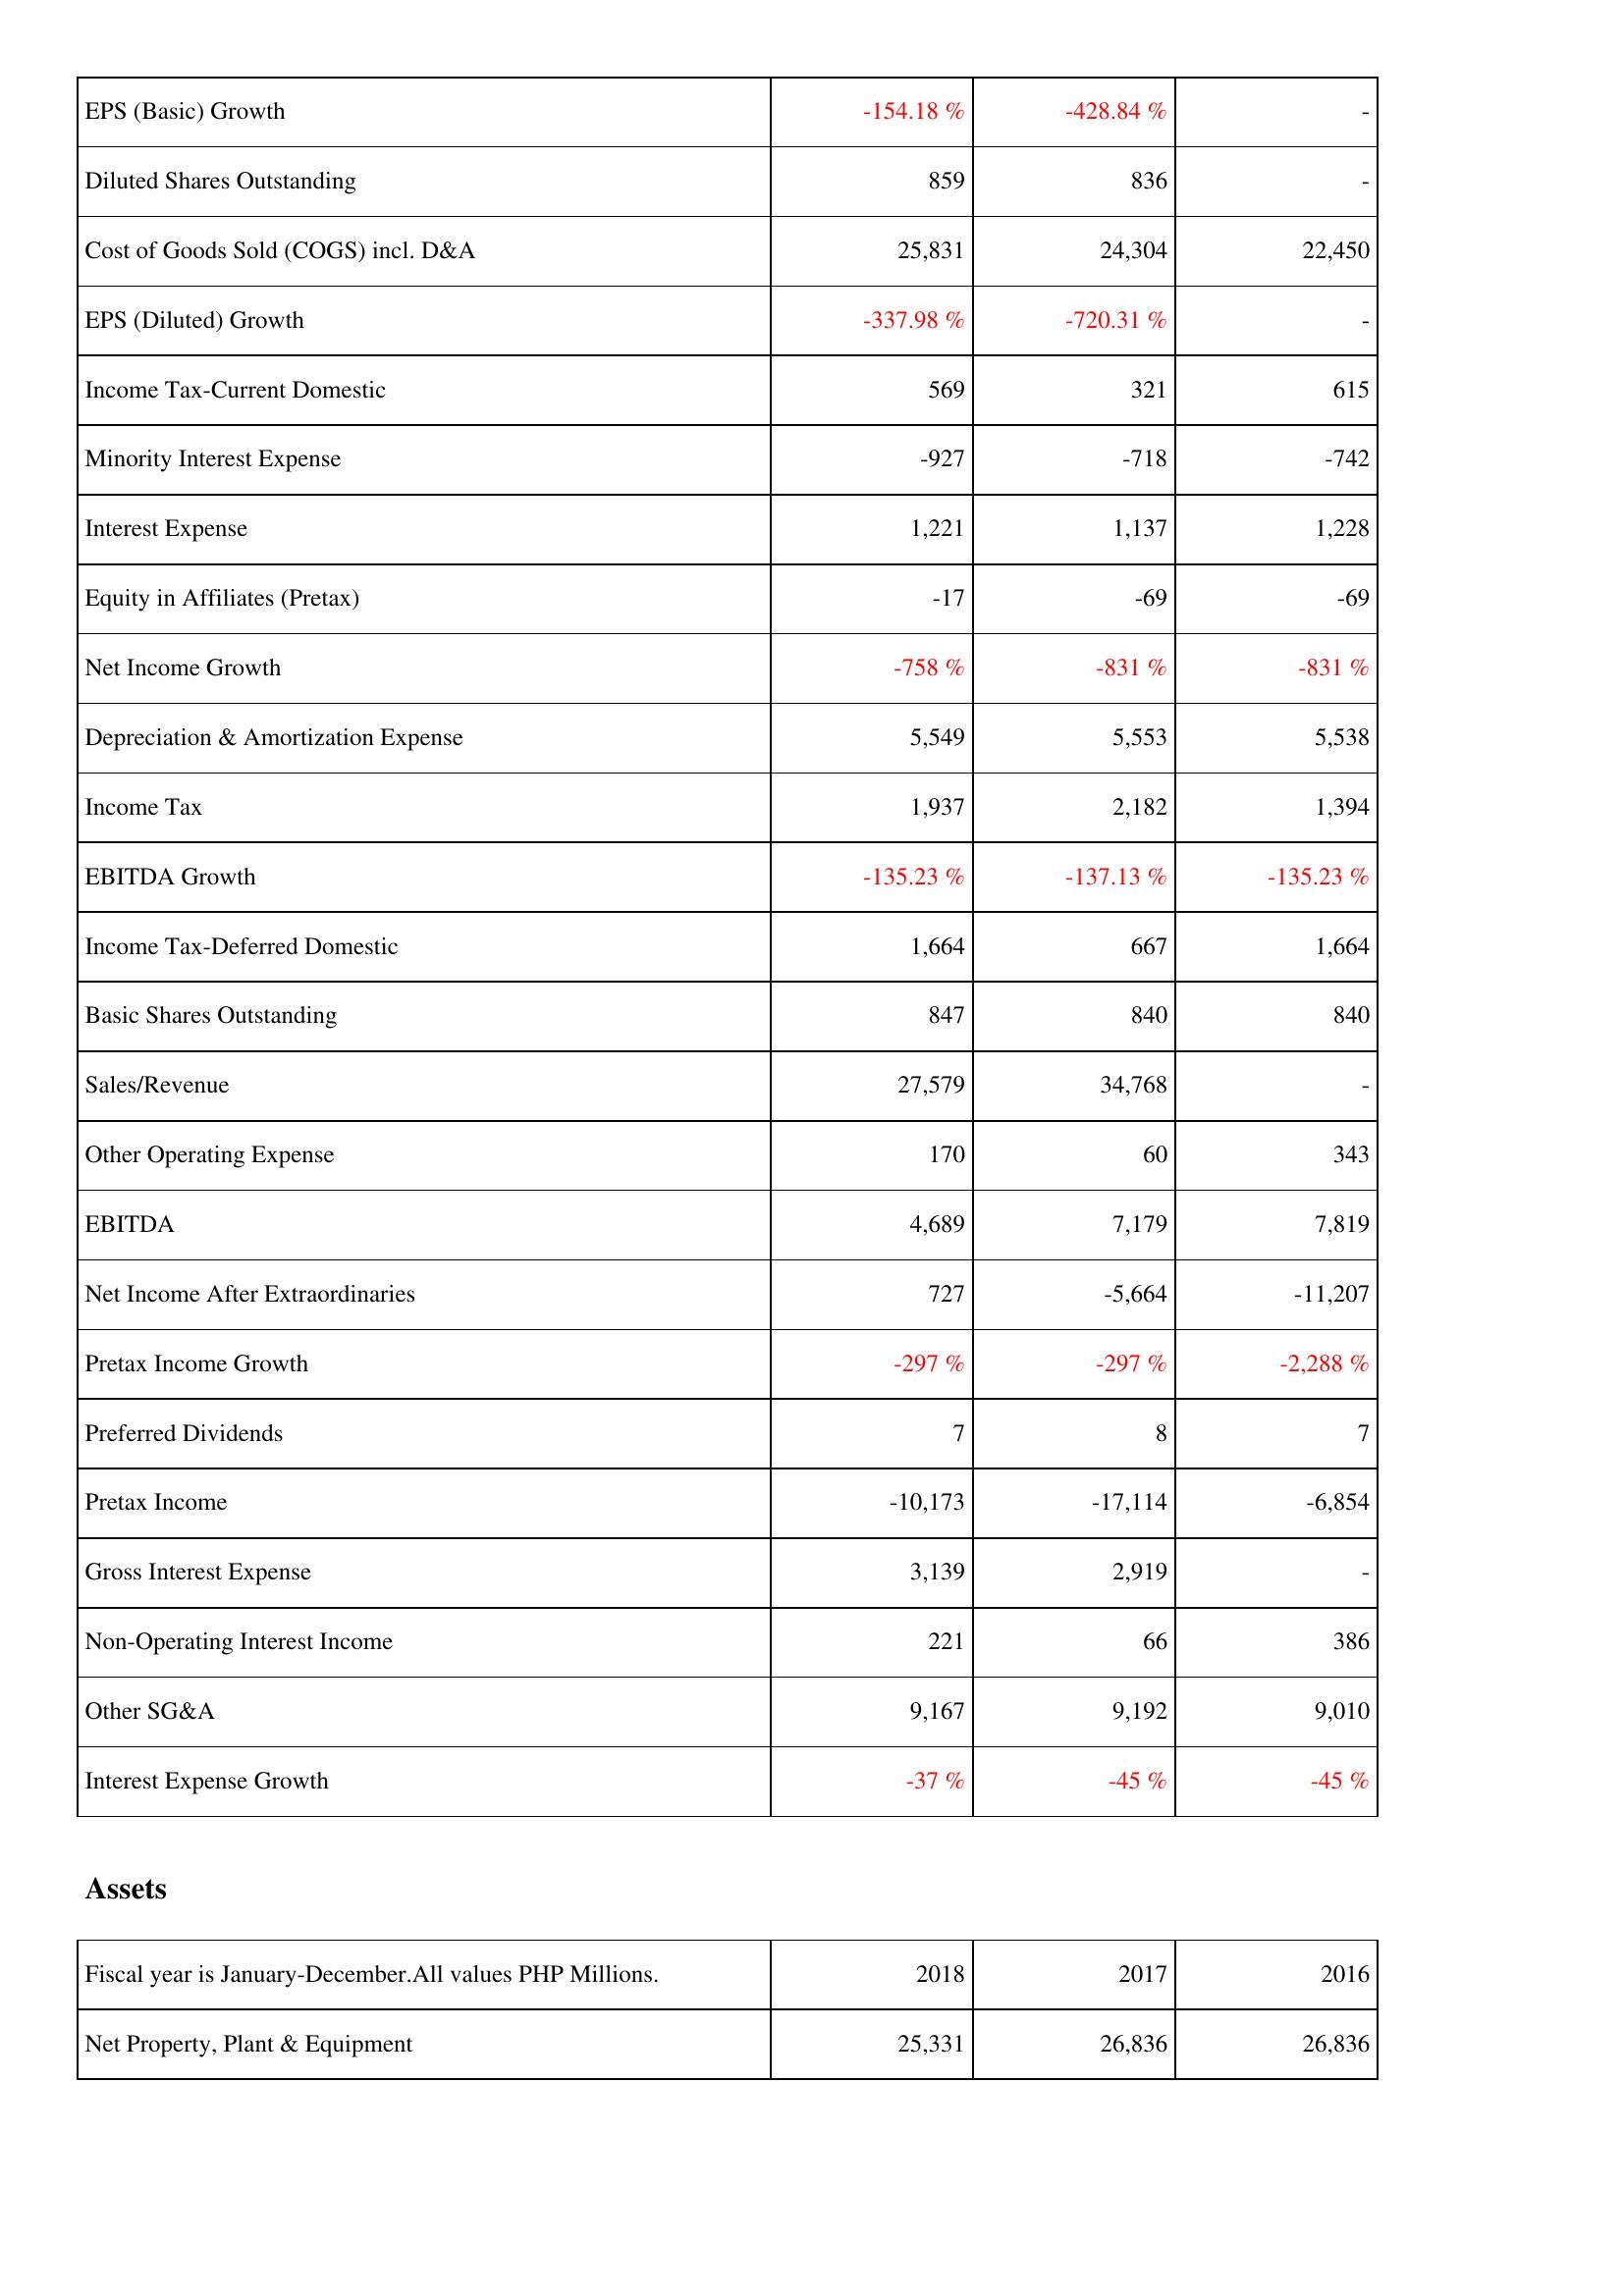
2018: Income Statement: EPS (Basic) Growth: -154.18 %
Diluted Shares Outstanding: 859
Cost of Goods Sold (COGS) incl. D&A: 25,831
EPS (Diluted) Growth: -337.98 %
Income Tax-Current Domestic: 569
Minority Interest Expense: -927
Interest Expense: 1,221
Equity in Affiliates (Pretax): -17
Net Income Growth: -758 %
Depreciation & Amortization Expense: 5,549
Income Tax: 1,937
EBITDA Growth: -135.23 %
Income Tax-Deferred Domestic: 1,664
Basic Shares Outstanding: 847
Sales/Revenue: 27,579
Other Operating Expense: 170
EBITDA: 4,689
Net Income After Extraordinaries: 727
Pretax Income Growth: -297 %
Preferred Dividends: 7
Pretax Income: -10,173
Gross Interest Expense: 3,139
Non-Operating Interest Income: 221
Other SG&A: 9,167
Interest Expense Growth: -37 %
Assets: Net Property, Plant & Equipment: 25,331
2017: Income Statement: EPS (Basic) Growth: -428.84 %
Diluted Shares Outstanding: 836
Cost of Goods Sold (COGS) incl. D&A: 24,304
EPS (Diluted) Growth: -720.31 %
Income Tax-Current Domestic: 321
Minority Interest Expense: -718
Interest Expense: 1,137
Equity in Affiliates (Pretax): -69
Net Income Growth: -831 %
Depreciation & Amortization Expense: 5,553
Income Tax: 2,182
EBITDA Growth: -137.13 %
Income Tax-Deferred Domestic: 667
Basic Shares Outstanding: 840
Sales/Revenue: 34,768
Other Operating Expense: 60
EBITDA: 7,179
Net Income After Extraordinaries: -5,664
Pretax Income Growth: -297 %
Preferred Dividends: 8
Pretax Income: -17,114
Gross Interest Expense: 2,919
Non-Operating Interest Income: 66
Other SG&A: 9,192
Interest Expense Growth: -45 %
Assets: Net Property, Plant & Equipment: 26,836
2016: Income Statement: EPS (Basic) Growth: -
Diluted Shares Outstanding: -
Cost of Goods Sold (COGS) incl. D&A: 22,450
EPS (Diluted) Growth: -
Income Tax-Current Domestic: 615
Minority Interest Expense: -742
Interest Expense: 1,228
Equity in Affiliates (Pretax): -69
Net Income Growth: -831 %
Depreciation & Amortization Expense: 5,538
Income Tax: 1,394
EBITDA Growth: -135.23 %
Income Tax-Deferred Domestic: 1,664
Basic Shares Outstanding: 840
Sales/Revenue: -
Other Operating Expense: 343
EBITDA: 7,819
Net Income After Extraordinaries: -11,207
Pretax Income Growth: -2,288 %
Preferred Dividends: 7
Pretax Income: -6,854
Gross Interest Expense: -
Non-Operating Interest Income: 386
Other SG&A: 9,010
Interest Expense Growth: -45 %
Assets: Net Property, Plant & Equipment: 26,836